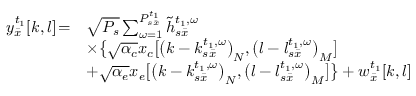
\begin{array} { r l } { y _ { \bar { x } } ^ { { t _ { 1 } } } [ k , l ] \! = } & { \sqrt { { P _ { s } } } \sum _ { \omega = 1 } ^ { P _ { s \bar { x } } ^ { { t _ { 1 } } } } { \tilde { h } _ { s \bar { x } } ^ { { t _ { 1 } } , \omega } } } \\ & { \times \big \{ \sqrt { { \alpha _ { c } } } { x _ { c } } \big [ { \big ( k - k _ { s \bar { x } } ^ { { t _ { 1 } } , \omega } \big ) _ { N } } , { \big ( l - l _ { s \bar { x } } ^ { { t _ { 1 } } , \omega } \big ) _ { M } } \big ] } \\ & { + \sqrt { { \alpha _ { e } } } { x _ { e } } \big [ { \big ( k - k _ { s \bar { x } } ^ { { t _ { 1 } } , \omega } \big ) _ { N } } , { \big ( l - l _ { s \bar { x } } ^ { { t _ { 1 } } , \omega } \big ) _ { M } } \big ] \big \} + w _ { \bar { x } } ^ { { t _ { 1 } } } [ k , l ] } \end{array}